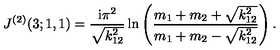
J ^ { ( 2 ) } ( 3 ; 1 , 1 ) = \frac { \mathrm { i } \pi ^ { 2 } } { \sqrt { k _ { 1 2 } ^ { 2 } } } \ln \left( \frac { m _ { 1 } + m _ { 2 } + \sqrt { k _ { 1 2 } ^ { 2 } } } { m _ { 1 } + m _ { 2 } - \sqrt { k _ { 1 2 } ^ { 2 } } } \right) .